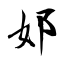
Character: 邚